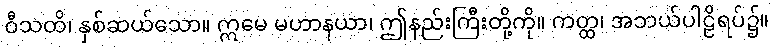
ဝီသတိ၊ နှစ်ဆယ်သော။ ဣမေ မဟာနယာ၊ ဤနည်းကြီးတို့ကို။ ကတ္ထ၊ အဘယ်ပါဠိရပ်၌။